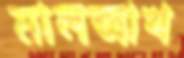
মালআখ